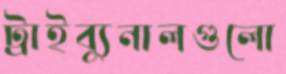
ট্রাইব্যুনালগুলো